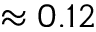
\approx 0 . 1 2